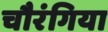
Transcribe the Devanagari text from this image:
चौरंगिया